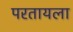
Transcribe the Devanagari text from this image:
परतायला